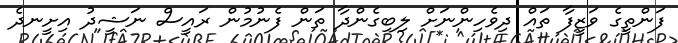
ފަންތީގެ ވަޒީފާ ތައް ދިވެހިންނަށް ލިބިގެންދާ ތަން ފެނުމުން ރައީސް ނަޝީދު އިށީނދެ